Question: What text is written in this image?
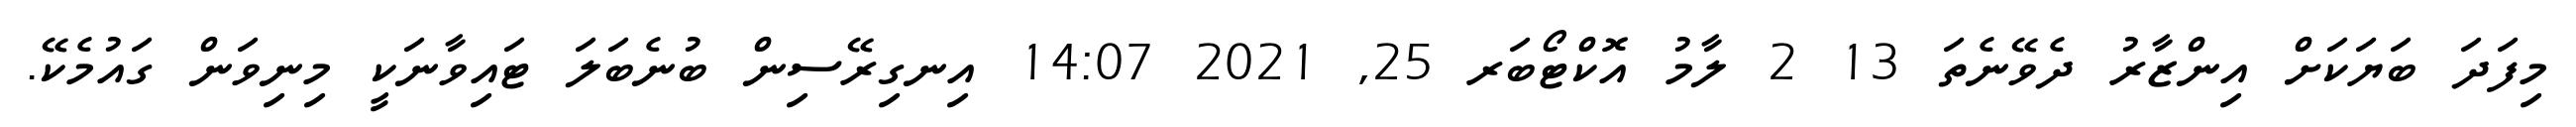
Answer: މިފަދަ ބަޔަކަށް އިންޒާރު ދެވޭނެތަ 13 2 ލާމު އޮކްޓޯބަރ 25, 2021 14:07 އިނގިރޭސިން ބުނެބަލަ ޓައިވާނަކީ މިނިވަން ގައުމެކޭ.